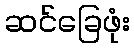
ဆင်ခြေဖုံး